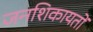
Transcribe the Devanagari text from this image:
जनशिकायतों